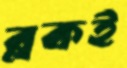
ব্লকই